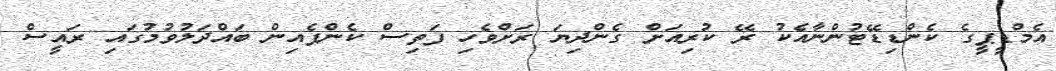
އެމްޑީޕީގެ ކެންޑިޑޭޓުންނާއެކު ރޭ ކުރިއަށް ގެންދިޔަ ރަށްވެހި ފަތިސް ކެންޕެއިން ބައްދަލުވުމުގައި ރައީސް